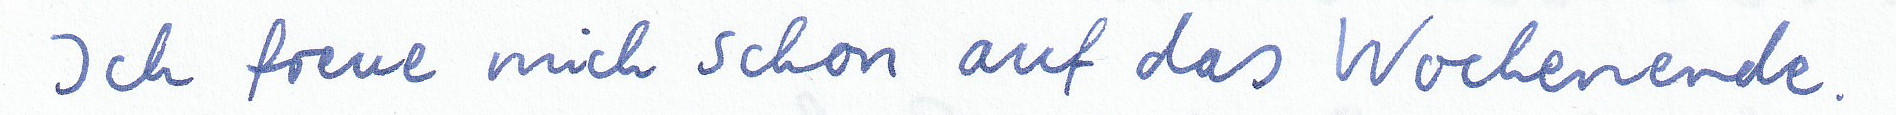
Ich freue mich schon auf das Wochenende.